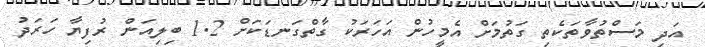
އަދި މަސްތުވާތަކެތި ގަތުމަށް އެމީހުން އަހަރަކު ގާތްގަނޑަކަށް 1.2 ބިލިއަން ރުފިޔާ ހަރަދު